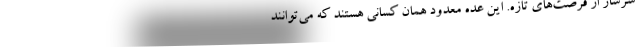
سرشار از فرصت‌های تازه. این عده معدود همان کسانی هستند که می‌توانند